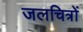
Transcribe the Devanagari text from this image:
जलचित्रों